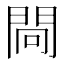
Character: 𨴀